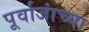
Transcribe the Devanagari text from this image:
पूर्वाजांच्या